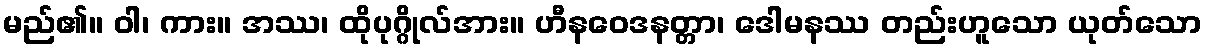
မည်၏။ ဝါ၊ ကား။ အဿ၊ ထိုပုဂ္ဂိုလ်အား။ ဟီနဝေဒနတ္တာ၊ ဒေါမနဿ တည်းဟူသော ယုတ်သော